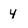
Character: 4